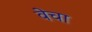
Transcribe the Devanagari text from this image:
वेचा